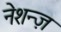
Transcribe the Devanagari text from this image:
नेशन्ज़